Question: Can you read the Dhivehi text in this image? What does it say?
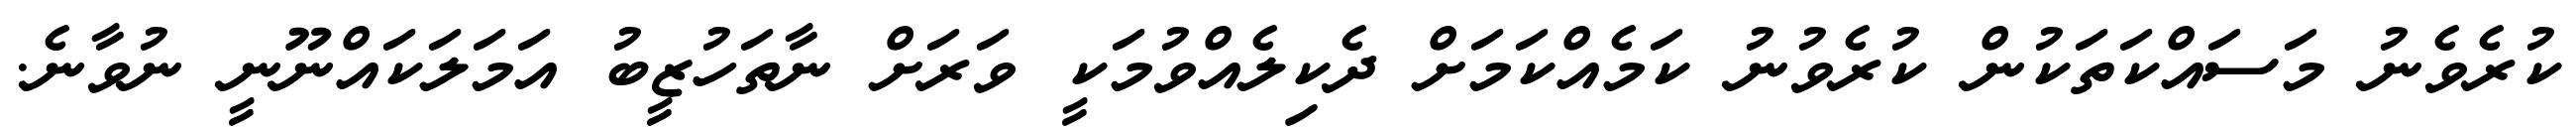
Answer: ކުރެވެނު މަސައްކަތަކުން ކުރެވުނު ކަމެއްކަމަށް ދެކިލެއްވުމަކީ ވަރަށް ނާތަހުޒީބު އަމަލަކައްނޫނީ ނުވާނެ.